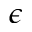
\epsilon